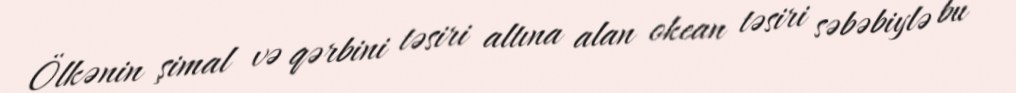
Ölkənin şimal və qərbini təsiri altına alan okean təsiri səbəbiylə bu